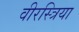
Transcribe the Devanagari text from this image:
वीरस्त्रिया